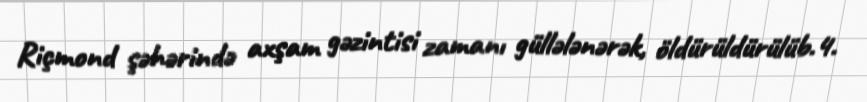
Riçmond şəhərində axşam gəzintisi zamanı güllələnərək, öldürüldürülüb.4.